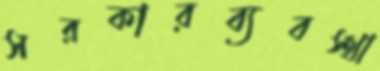
সরকারব্যবস্থা